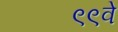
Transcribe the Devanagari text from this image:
९९वे